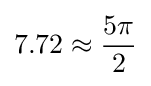
\displaystyle 7.72\approx {\frac {5\pi }{2}}